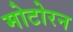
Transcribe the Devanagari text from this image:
मोटोरन